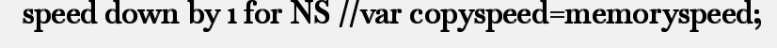
speed down by 1 for NS //var copyspeed=memoryspeed;